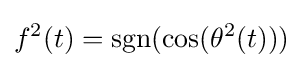
f^{2}(t)=\operatorname {sgn} (\cos(\theta ^{2}(t)))